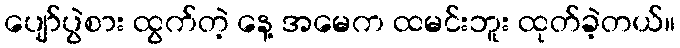
ပျော်ပွဲစား ထွက်တဲ့ နေ့ အမေက ထမင်းဘူး ထုတ်ခဲ့တယ်။